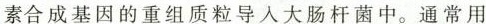
素合成基因的重组质粒导入大肠杆菌中。通常用